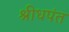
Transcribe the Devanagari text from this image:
श्रीधपंत